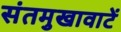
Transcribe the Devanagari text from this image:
संतमुखावाटें